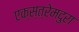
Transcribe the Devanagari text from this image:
एक्स्त्रेमदुरा